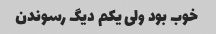
خوب بود ولی یکم دیگ رسوندن